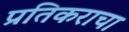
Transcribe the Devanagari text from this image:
प्रतिकराचा